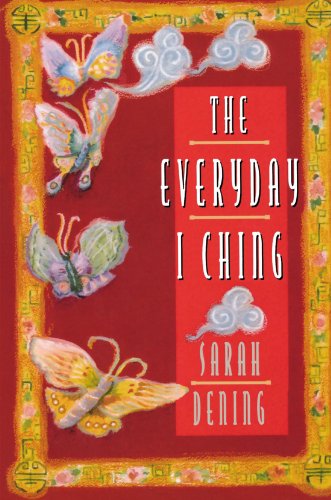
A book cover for The Everyday I Ching; Sarah Dening; Religion & Spirituality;